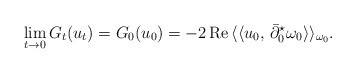
\begin{align*}\lim_{t \to 0} G_t(u_t)= G_0(u_0)=-2\,\mbox{Re}\,\langle\langle u_0,\,\bar\partial_0 ^{\star}\omega_0\rangle\rangle_{\omega_0}. \end{align*}